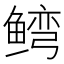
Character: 𬶥